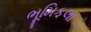
ભૂમિકલા